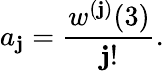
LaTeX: a_{\mathbf{j}}=\frac{{w^{(\mathbf{j})}(3)}}{{\mathbf{j}!}}.